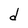
Character: d